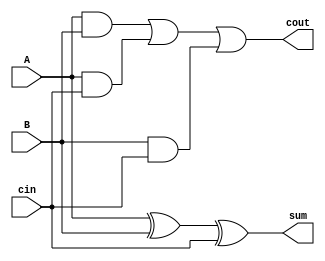
module FAstructural(A,B,cin,sum,cout);

	input A,B,cin;
	output sum,cout;

	wire out1,out2,out3,out4,out6,out7;

	and a1(out1,A,B);
	and a2(out2,A,cin);
	and a3(out3,B,cin);

	or a4(out4,out1,out2);
	or a5(cout,out4,out3);

	xor a6(out6,A,B);
	xor a7(sum,out6,cin);

endmodule